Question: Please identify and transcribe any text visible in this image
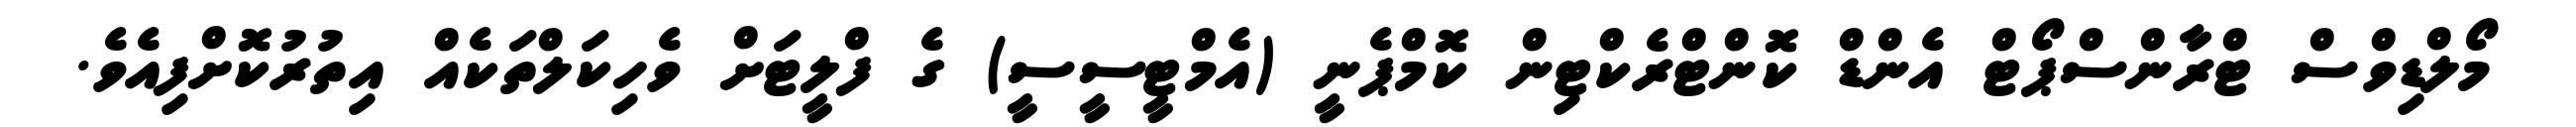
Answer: މޯލްޑިވްސް ޓްރާންސްޕޯޓް އެންޑް ކޮންޓްރެކްޓިން ކޮމްޕެނީ (އެމްޓީސީސީ) ގެ ފްލީޓަށް ވެހިކަލްތަކެއް އިތުރުކޮށްފިއެވެ.